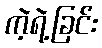
ကဲ့ရဲ့ခြင်း